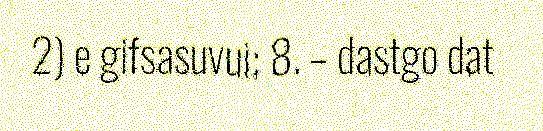
2) e gifsasuvui; 8. – dastgo dat